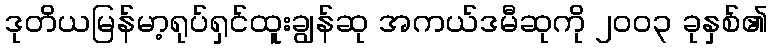
ဒုတိယမြန်မာ့ရုပ်ရှင်ထူးချွန်ဆု အကယ်ဒမီဆုကို ၂၀၀၃ ခုနှစ်၏